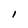
Character: 1